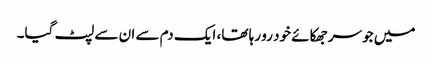
میں جو سر جھکائے خود رو رہا تھا، ایک دم سے ان سے لپٹ گیا۔